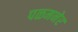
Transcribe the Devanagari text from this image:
पळमनेर